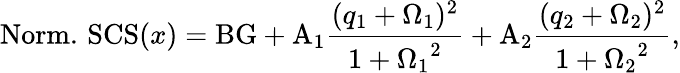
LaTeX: \mathrm{Norm.\, SCS}(x)=\mathrm{BG}+\mathrm{A}_{1}\frac{(q_{1}+\Omega_{1})^{2}}{1+{\Omega_{1}}^{2}}+\mathrm{A}_{2}\frac{(q_{2}+\Omega_{2})^{2}}{1+{\Omega_{2}}^{2}},